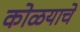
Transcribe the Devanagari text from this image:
कोळयाचे